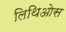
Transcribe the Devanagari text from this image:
लिथिओस